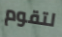
لتقوم